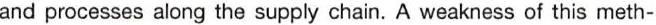
and processes along the supply chain. A weakness of this meth-